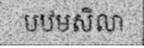
បឋមសិលា